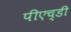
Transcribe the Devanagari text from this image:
पीएच्‌डी